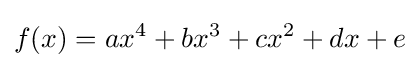
f(x)=ax^{4}+bx^{3}+cx^{2}+dx+e